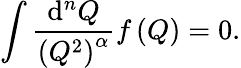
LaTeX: \int\frac{\mathrm{d}^{n}Q}{\left(Q^{2}\right)^{\alpha}}f\left(Q\right)=0.